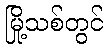
မြို့သစ်တွင်